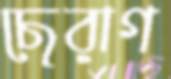
ছেরাগ